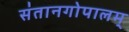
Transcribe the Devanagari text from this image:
संतानगोपालम्